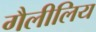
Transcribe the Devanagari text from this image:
गैलीलिय